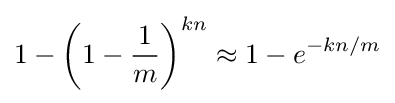
1-\left(1-{\frac {1}{m}}\right)^{kn}\approx 1-e^{-kn/m}